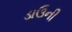
ડાઉની